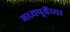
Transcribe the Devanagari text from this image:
मध्यपूर्वेच्या